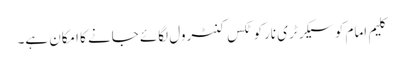
کلیم امام کو سیکرٹری نارکوٹکس کنٹرول لگائے جانے کا امکان ہے۔